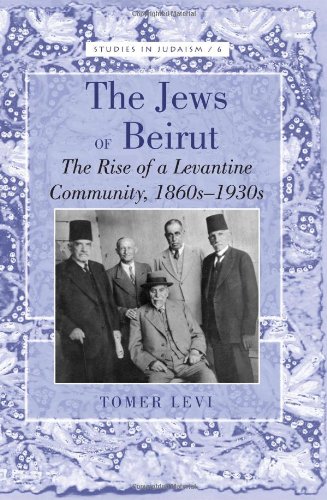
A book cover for The Jews of Beirut: The Rise of a Levantine Community, 1860s-1930s (Studies in Judaism); Tomer Levi; History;